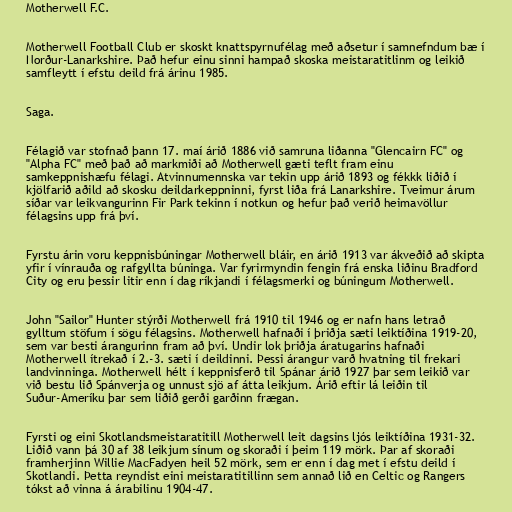
Motherwell F.C.

Motherwell Football Club er skoskt knattspyrnufélag með aðsetur í samnefndum bæ í
Norður-Lanarkshire. Það hefur einu sinni hampað skoska meistaratitlinm og leikið
samfleytt í efstu deild frá árinu 1985.

Saga.

Félagið var stofnað þann 17. maí árið 1886 við samruna liðanna "Glencairn FC" og
"Alpha FC" með það að markmiði að Motherwell gæti teflt fram einu
samkeppnishæfu félagi. Atvinnumennska var tekin upp árið 1893 og fékkk liðið í
kjölfarið aðild að skosku deildarkeppninni, fyrst liða frá Lanarkshire. Tveimur árum
síðar var leikvangurinn Fir Park tekinn í notkun og hefur það verið heimavöllur
félagsins upp frá því.

Fyrstu árin voru keppnisbúningar Motherwell bláir, en árið 1913 var ákveðið að skipta
yfir í vínrauða og rafgyllta búninga. Var fyrirmyndin fengin frá enska liðinu Bradford
City og eru þessir litir enn í dag ríkjandi í félagsmerki og búningum Motherwell.

John "Sailor" Hunter stýrði Motherwell frá 1910 til 1946 og er nafn hans letrað
gylltum stöfum í sögu félagsins. Motherwell hafnaði í þriðja sæti leiktíðina 1919-20,
sem var besti árangurinn fram að því. Undir lok þriðja áratugarins hafnaði
Motherwell ítrekað í 2.-3. sæti í deildinni. Þessi árangur varð hvatning til frekari
landvinninga. Motherwell hélt í keppnisferð til Spánar árið 1927 þar sem leikið var
við bestu lið Spánverja og unnust sjö af átta leikjum. Árið eftir lá leiðin til
Suður-Ameríku þar sem liðið gerði garðinn frægan.

Fyrsti og eini Skotlandsmeistaratitill Motherwell leit dagsins ljós leiktíðina 1931-32.
Liðið vann þá 30 af 38 leikjum sínum og skoraði í þeim 119 mörk. Þar af skoraði
framherjinn Willie MacFadyen heil 52 mörk, sem er enn í dag met í efstu deild í
Skotlandi. Þetta reyndist eini meistaratitillinn sem annað lið en Celtic og Rangers
tókst að vinna á árabilinu 1904-47.